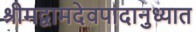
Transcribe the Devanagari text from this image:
श्रीमद्वामदेवपादानुध्यात